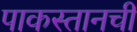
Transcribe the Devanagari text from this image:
पाकस्तानची